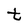
Character: t